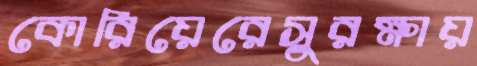
কোরিয়েরেসুরক্ষায়